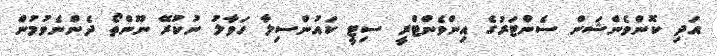
އަދި ކޮންވެންޝަން ސެންޓަރުގެ އިންވެންޓްރީ ސިޓީ ކައުންސިލާ ހަވާލު ނުކުރޭ ނޫންތޯ ދެންނެވުމުން